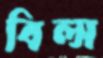
বিল্স